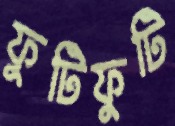
ফুটিফুটি